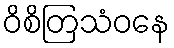
ဝိစိတြသံဝနေ